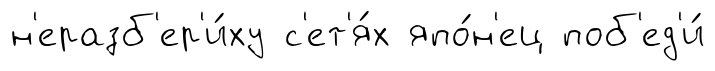
н'еразб'ер'и́ху с'ет'я́х япо́н'ец поб'ед'и́